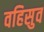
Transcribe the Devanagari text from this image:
वहिसुव